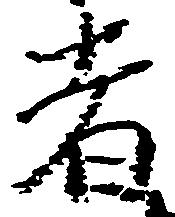
者